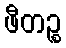
ဖီတဉ္စ